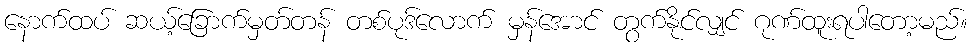
နောက်ထပ် ဆယ့်ခြောက်မှတ်တန် တစ်ပုဒ်လောက် မှန်အောင် တွက်နိုင်လျှင် ဂုဏ်ထူးရပါတော့မည်။